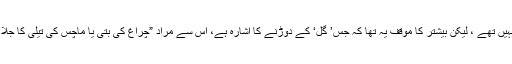
سبھی شارحین تو متفق نہیں تھے ، لیکن بیشتر کا موقف یہ تھا کہ جس’ گل‘ کے دوڑنے کا اشارہ ہے، اس سے مراد ”چراغ کی بتی یا ماچس کی تیلی کا جلا ہوا یا جلتا ہوا سرا “ ہے۔